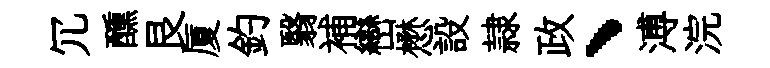
冗醺艮厦釣翳補巒懋設隷政、溥浣